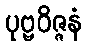
ပုဗ္ဗဝိဇ္ဇနံ